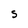
Character: S